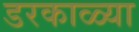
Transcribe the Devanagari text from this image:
डरकाळ्या